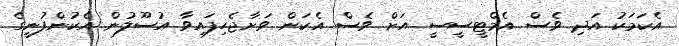
އެކަމަކު އަދި ވެސް އެމްޓީސީސީ އަށް ވެސް އެކަން ވަށާޖެހިފައިވާ އުސޫލުން އެކުންފުނީގެ